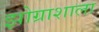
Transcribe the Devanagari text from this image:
झोग्राशाला